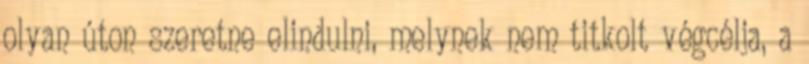
olyan úton szeretne elindulni, melynek nem titkolt végcélja, a